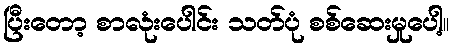
ပြီးတော့ စာလုံးပေါင်း သတ်ပုံ စစ်ဆေးမှုပေါ့။